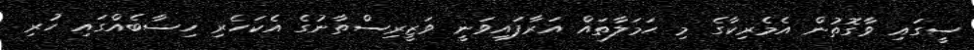
ސީގައި ވާގޮތުން އެމެރިކާގެ މި ޙަމަލާތައް އަރާފައިވަނީ ވަޒީރިސްތާނުގެ އެކަހެރި ހިސާބެއްގައި ހުރި